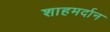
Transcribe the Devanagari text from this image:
शाहमर्दान